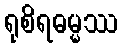
ရုစိရဓမ္မဿ